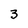
Character: 3